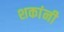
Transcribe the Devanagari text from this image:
शकांनी